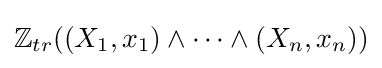
\mathbb {Z} _{tr}((X_{1},x_{1})\wedge \cdots \wedge (X_{n},x_{n}))